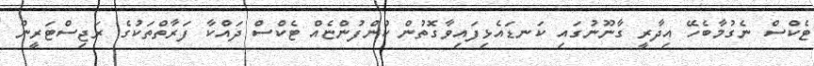
ޓެކްސް ނެގުމާބެހޭ އިދާރީ ގާނޫނުގައި ކަނޑައެޅިފައިވާގޮތުން ކުންފުންޏެއް ޓެކްސް ދައްކާ ފަރާތްތަކުގެ ރަޖިސްޓަރީން